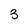
Character: 3